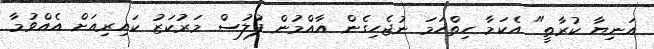
އަނިޔާ ކުރާތީ" އެކަމާ ހިތްހަމަ ނުޖެހިގެން އާއްމުން ފުލުސް މަރުކަޒު ކައިރިއަށް އެއްވުމާ